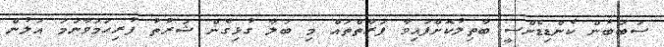
ސަބަބުން ކެންޑިޑެންސީ ބާތިލުކޮށްފައިވާ ފަރާތްތައް މި ބަލާ ގުޅިގެން ޝަރުތު ފުރިހަމަވާނަމަ އަލުން